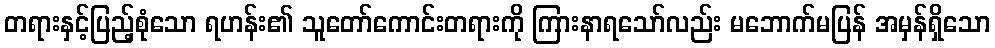
တရားနှင့်ပြည့်စုံသော ရဟန်း၏ သူတော်ကောင်းတရားကို ကြားနာရသော်လည်း မဘောက်မပြန် အမှန်ရှိသော